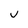
Character: v